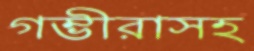
গম্ভীরাসহ